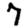
Digit: 7